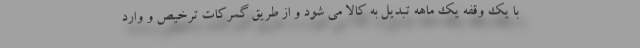
با یک وقفه یک ماهه تبدیل به کالا می شود و از طریق گمرکات ترخیص و وارد